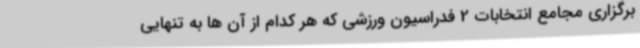
برگزاری مجامع انتخابات 2 فدراسیون ورزشی که هر کدام از آن ها به تنهایی